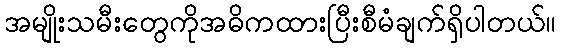
အမျိုးသမီးတွေကိုအဓိကထားပြီးစီမံချက်ရှိပါတယ်။